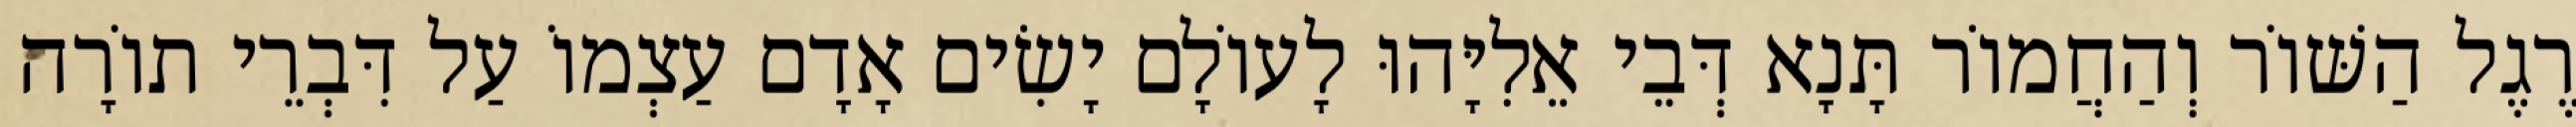
רֶגֶל הַשּׁוֹר וְהַחֲמוֹר תָּנָא דְּבֵי אֵלִיָּהוּ לָעוֹלָם יָשִׂים אָדָם עַצְמוֹ עַל דִּבְרֵי תוֹרָה